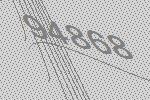
94868